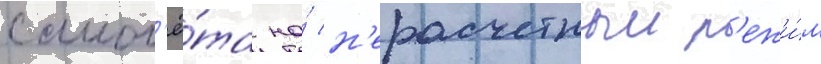
самол'ё́та на́ н'ерасчетныи р'ежи́м